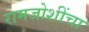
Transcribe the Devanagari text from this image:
रामजोशींचा